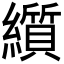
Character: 𬘋